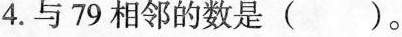
4.与79相邻的数是( )。